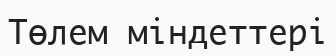
Төлем міндеттері